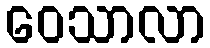
ဝေသာလာ